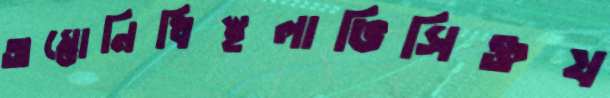
অম্ভোনিধিস্থলাভিসিক্তয